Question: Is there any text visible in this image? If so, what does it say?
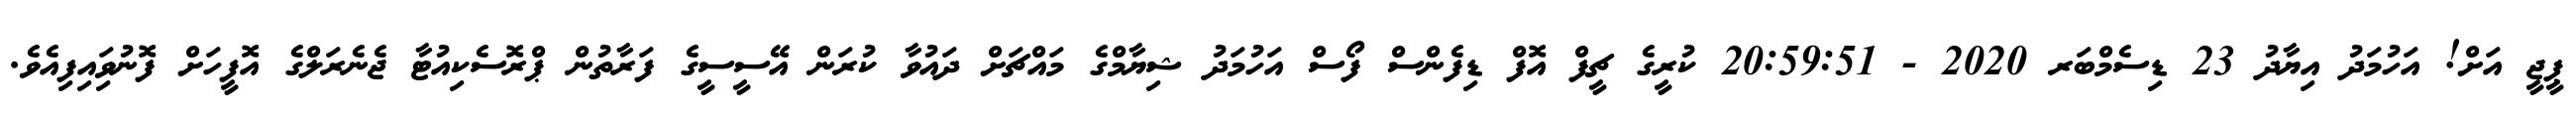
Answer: ޕީޖީ އަށް! އަހުމަދު އިޔާދު 23 ޑިސެމްބަރ 2020 - 20:59:51 ކުރީގެ ޗީފް އޮފް ޑިފެންސް ފޯސް އަހުމަދު ޝިޔާމްގެ މައްޗަށް ދައުވާ ކުރަން އޭސީސީގެ ފަރާތުން ޕްރޮސެކިއުޓާ ޖެނެރަލްގެ އޮފީހަށް ފޮނުވަިއިފިއެވެ.